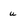
Character: u